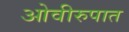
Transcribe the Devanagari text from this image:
ओवीरुपात